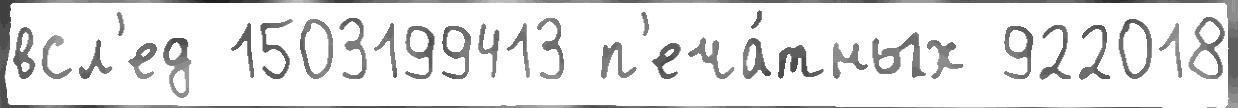
всл'ед 1503199413 п'еча́тных 922018